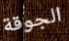
الجوقة